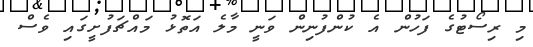
މި ރިސޯޓުގެ ފަހުން އެ ކުންފުނިން ވަނީ މާލެ އަތޮޅު މައްޗަފުށީގައި ވެސް